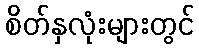
စိတ်နှလုံးများတွင်